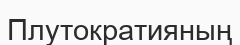
Плутократияның